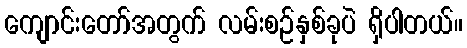
ကျောင်းတော်အတွက် လမ်းစဉ်နှစ်ခုပဲ ရှိပါတယ်။